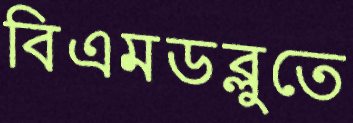
বিএমডব্লুতে